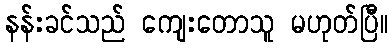
နန်းခင်သည် ကျေးတောသူ မဟုတ်ပြီ။